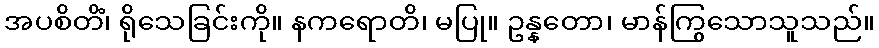
အပစိတိံ၊ ရိုသေခြင်းကို။ နကရောတိ၊ မပြု။ ဥန္နတော၊ မာန်ကြွသောသူသည်။